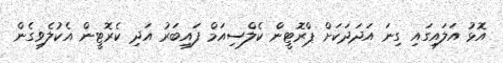
އޮޅު އަލައިގައި ގިނަ އަދަދަކަށް ޕްރޮޓީން ކެލްސިއަމް ފައިބަރު އަދި ކެރޮޓީން އެކުލެވިގެން